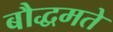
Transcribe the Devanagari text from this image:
बौद्धमते